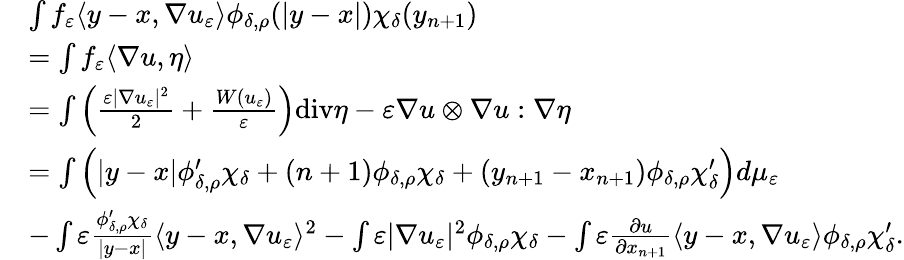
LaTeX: \begin{array}{rl}&{\int f_{\varepsilon}\langle y-x,\nabla u_{\varepsilon}\rangle\phi_{\delta,\rho}(|y-x|)\chi_{\delta}(y_{n+1})}\\ &{=\int f_{\varepsilon}\langle\nabla u,\eta\rangle}\\ &{=\int\left(\frac{\varepsilon|\nabla u_{\varepsilon}|^{2}}{2}+\frac{W(u_{\varepsilon})}{\varepsilon}\right)\mathrm{div}\eta-\varepsilon\nabla u\otimes\nabla u:\nabla\eta}\\ &{=\int\left(|y-x|\phi_{\delta,\rho}^{\prime}\chi_{\delta}+(n+1)\phi_{\delta,\rho}\chi_{\delta}+(y_{n+1}-x_{n+1})\phi_{\delta,\rho}\chi_{\delta}^{\prime}\right)d\mu_{\varepsilon}}\\ &{-\int\varepsilon\frac{\phi_{\delta,\rho}^{\prime}\chi_{\delta}}{|y-x|}\langle y-x,\nabla u_{\varepsilon}\rangle^{2}-\int\varepsilon|\nabla u_{\varepsilon}|^{2}\phi_{\delta,\rho}\chi_{\delta}-\int\varepsilon\frac{\partial u}{\partial x_{n+1}}\langle y-x,\nabla u_{\varepsilon}\rangle\phi_{\delta,\rho}\chi_{\delta}^{\prime}.}\end{array}